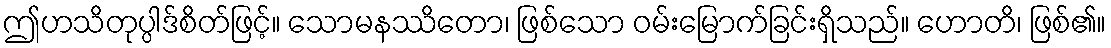
ဤဟသိတုပ္ပါဒ်စိတ်ဖြင့်။ သောမနဿိတော၊ ဖြစ်သော ဝမ်းမြောက်ခြင်းရှိသည်။ ဟောတိ၊ ဖြစ်၏။